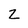
Character: Z